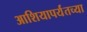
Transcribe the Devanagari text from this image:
आशियापर्यंतच्या